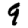
Digit: 9